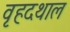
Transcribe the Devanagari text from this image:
वृहदथाल